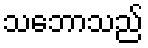
သဘောသည်